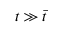
t \gg \bar { t }